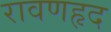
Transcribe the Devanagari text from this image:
रावणहृद